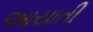
આયાતી